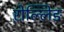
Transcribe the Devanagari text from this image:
ऱोल्लिङ